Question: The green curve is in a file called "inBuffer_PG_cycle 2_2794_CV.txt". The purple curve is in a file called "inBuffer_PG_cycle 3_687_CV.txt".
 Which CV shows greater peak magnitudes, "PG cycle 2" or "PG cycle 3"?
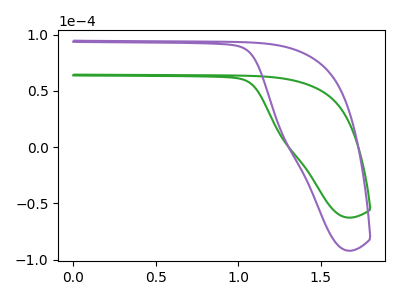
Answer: <think>The green curve "PG cycle 2" has no peaks. The purple curve "PG cycle 3" has no peaks.</think>
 <answer>Niether CV has any peaks.</answer>
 <eval>blanks</eval>